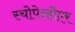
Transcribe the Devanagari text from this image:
स्चोपेन्हौएर